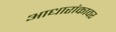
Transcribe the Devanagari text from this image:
आधारांकावर